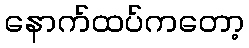
နောက်ထပ်ကတော့